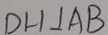
D H \bot A B